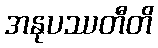
အနုပဿတီတိ